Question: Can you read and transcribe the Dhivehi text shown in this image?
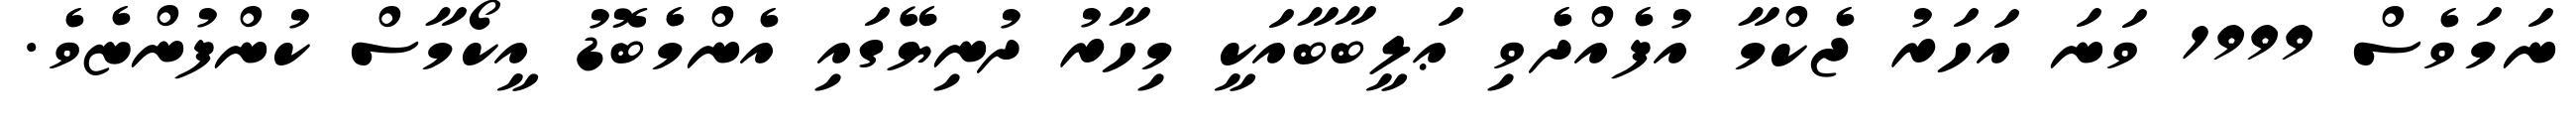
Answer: ނަމަވެސް 1999 ވަނަ އަހަރު ޖެކްމާ އުފެއްދެވި ޢަލީބާބާއަކީ މިހާރު ދުނިޔޭގައި އެންމެބޮޑު އީކޯމާސް ކުންފުންޏެވެ.